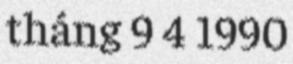
tháng 9 4 1990